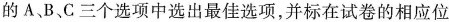
的A、B、C三个选项中选出最佳选项，并标在试卷的相应位